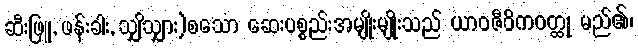
ဆီးဖြူ, ဖန်းခါး, သျှိသျှား)စသော ဆေးပစ္စည်းအမျိုးမျိုးသည် ယာဝဇီဝိကဝတ္ထု မည်၏၊